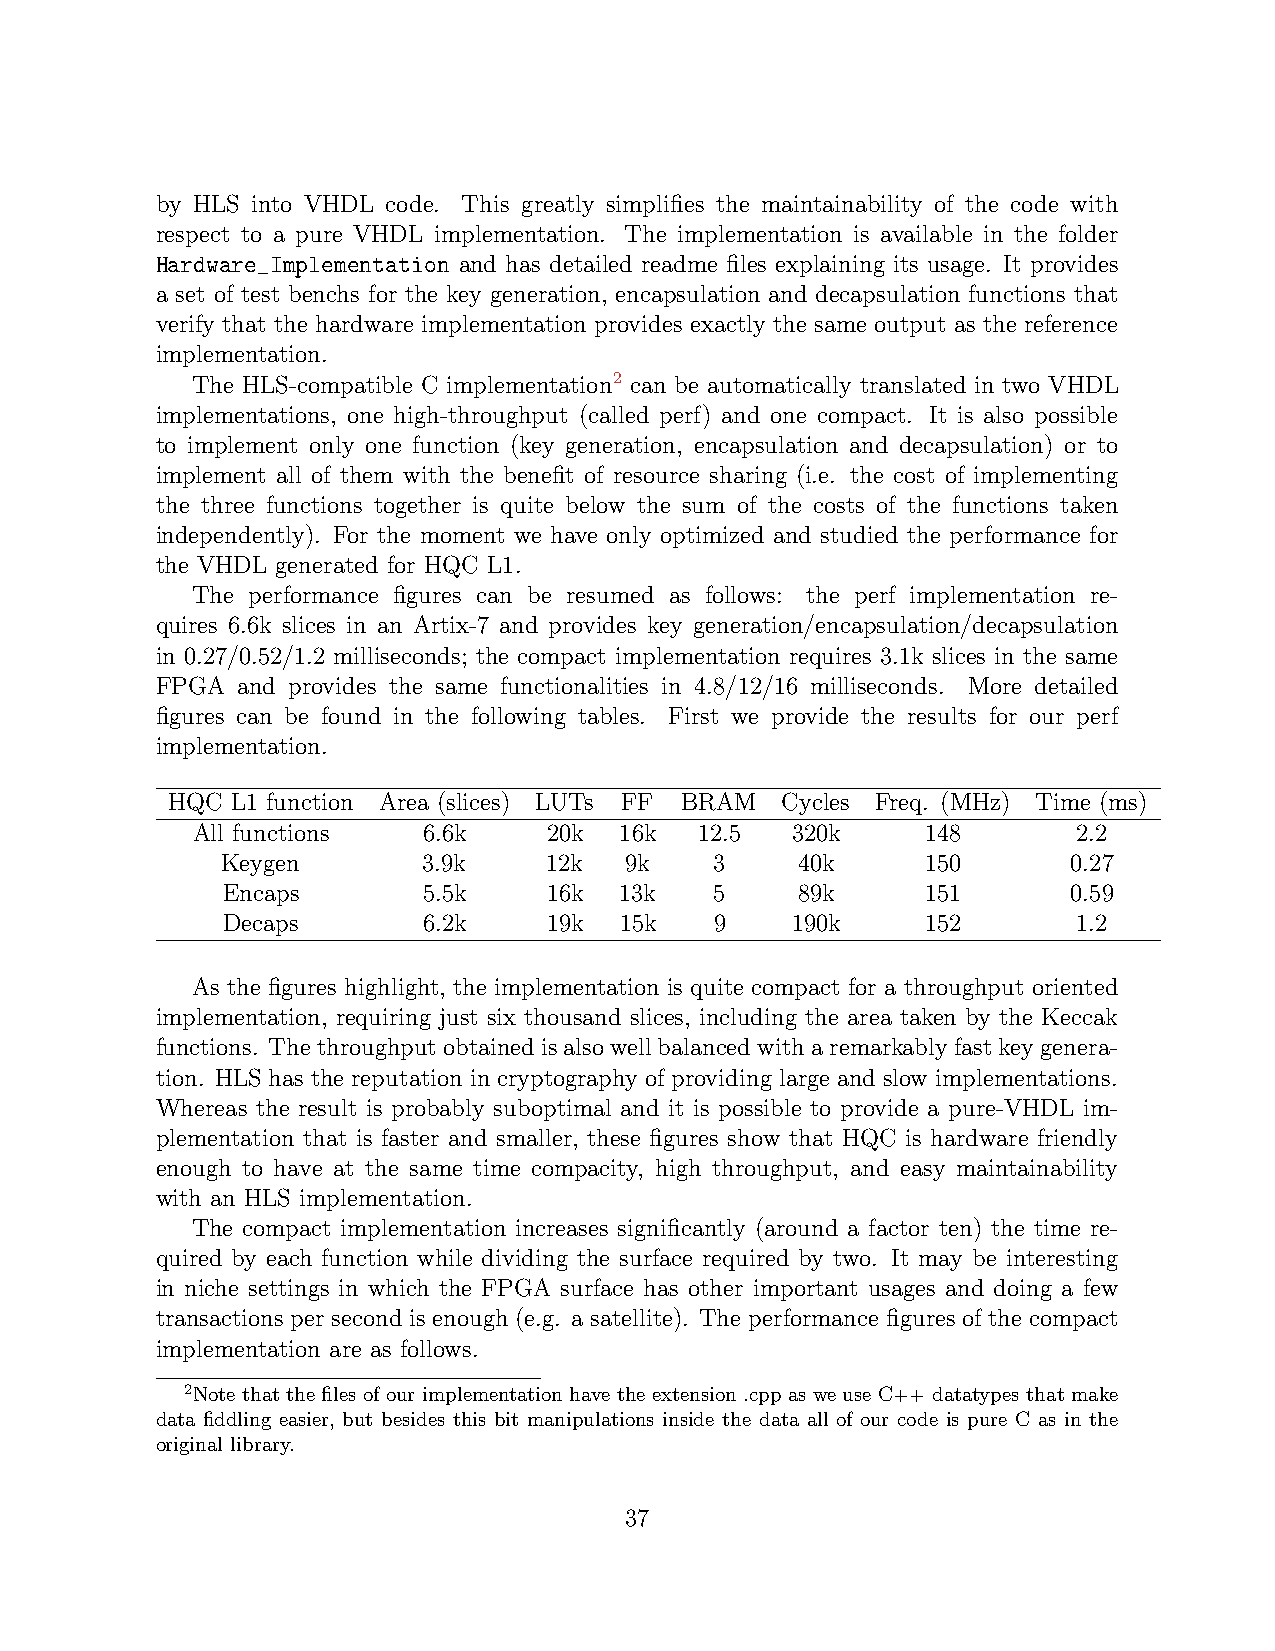
by HLS into VHDL code. This greatly simplifies the maintainability of the code with
 respect to a pure VHDL implementation. The implementation is available in the folder
 Hardware_Implementation and has detailed readme files explaining its usage. It provides
 a set of test benchs for the key generation, encapsulation and decapsulation functions that
 verify that the hardware implementation provides exactly the same output as the reference
 implementation.
 The HLS-compatible C implementation2 can be automatically translated in two VHDL
 implementations, one high-throughput (called perf) and one compact. It is also possible
 to implement only one function (key generation, encapsulation and decapsulation) or to
 implement all of them with the benefit of resource sharing (i.e. the cost of implementing
 the three functions together is quite below the sum of the costs of the functions taken
 independently). For the moment we have only optimized and studied the performance for
 the VHDL generated for HQC L1.
 The performance figures can be resumed as follows: the perf implementation re-
 quires 6.6k slices in an Artix-7 and provides key generation/encapsulation/decapsulation
 in 0.27/0.52/1.2 milliseconds; the compact implementation requires 3.1k slices in the same
 FPGA  and provides the same functionalities in 4.8/12/16 milliseconds. More detailed
 figures can be found in the following tables. First we provide the results for our perf
 implementation.
 HQC L1 function Area (slices) LUTs FF BRAM Cycles Freq. (MHz) Time (ms)
 All functions  6.6k    20k  16k  12.5  320k     148       2.2
 Keygen       3.9k    12k  9k    3     40k     150       0.27
 Encaps       5.5k    16k  13k   5     89k     151       0.59
 Decaps       6.2k    19k  15k   9    190k     152       1.2
 As the figures highlight, the implementation is quite compact for a throughput oriented
 implementation, requiring just six thousand slices, including the area taken by the Keccak
 functions. Thethroughputobtainedisalsowellbalancedwitharemarkablyfastkeygenera-
 tion. HLS has the reputation in cryptography of providing large and slow implementations.
 Whereas the result is probably suboptimal and it is possible to provide a pure-VHDL im-
 plementation that is faster and smaller, these figures show that HQC is hardware friendly
 enough to have at the same time compacity, high throughput, and easy maintainability
 with an HLS implementation.
 The compact implementation increases significantly (around a factor ten) the time re-
 quired by each function while dividing the surface required by two. It may be interesting
 in niche settings in which the FPGA surface has other important usages and doing a few
 transactions per second is enough (e.g. a satellite). The performance figures of the compact
 implementation are as follows.
 2Note that the files of our implementation have the extension .cpp as we use C++ datatypes that make
 data fiddling easier, but besides this bit manipulations inside the data all of our code is pure C as in the
 original library.
 37